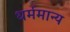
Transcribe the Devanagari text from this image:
धर्ममान्य